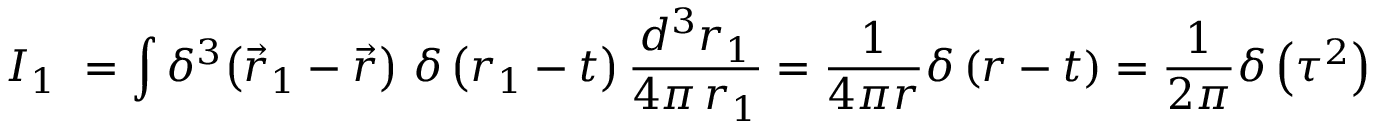
I _ { 1 } \ = \int \delta ^ { 3 } \! \left( { \vec { r } _ { 1 } - \vec { r } } \right) \, \delta \left( r _ { 1 } - t \right) \frac { d ^ { 3 } r _ { 1 } } { 4 \pi \, r _ { 1 } } = \frac { 1 } { 4 \pi r } \delta \left( r - t \right) = \frac { 1 } { 2 \pi } \delta \left( \tau ^ { 2 } \right)